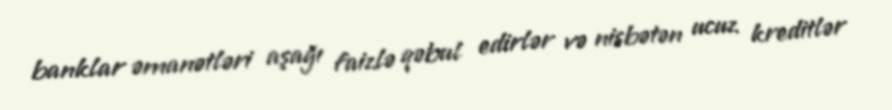
banklar əmanətləri aşağı faizlə qəbul edirlər və nisbətən ucuz kreditlər